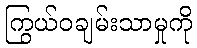
ကြွယ်ဝချမ်းသာမှုကို